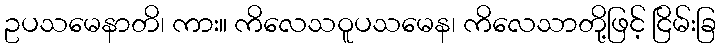
ဥပသမေနာတိ၊ ကား။ ကိလေသဝူပသမေန၊ ကိလေသာတို့ဖြင့် ငြိမ်းခြ